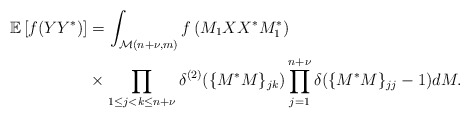
\begin{align*} \mathbb E \left[f(YY^*) \right]&= \int_{\mathcal M(n+\nu,m)} f \left(M_1 XX^*M_1^*\right) \\& \times\prod\limits_{1\leq j<k\leq n+\nu} \delta^{(2)}(\{M^*M\}_{jk})\prod_{j=1}^{n+\nu} \delta(\{M^*M\}_{jj}-1) dM. \end{align*}